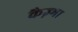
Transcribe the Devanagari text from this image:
कैज़्मा